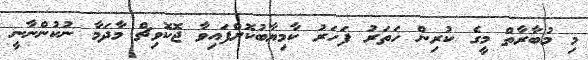
މި މުބާރާތް މީގެ ކުރިން ހަތަރު ފަހަރު ކާމިޔާބުކޮށްފައިވާ ޖޮކޮވިޗް މާދަމާ ނުކުންނާނީ